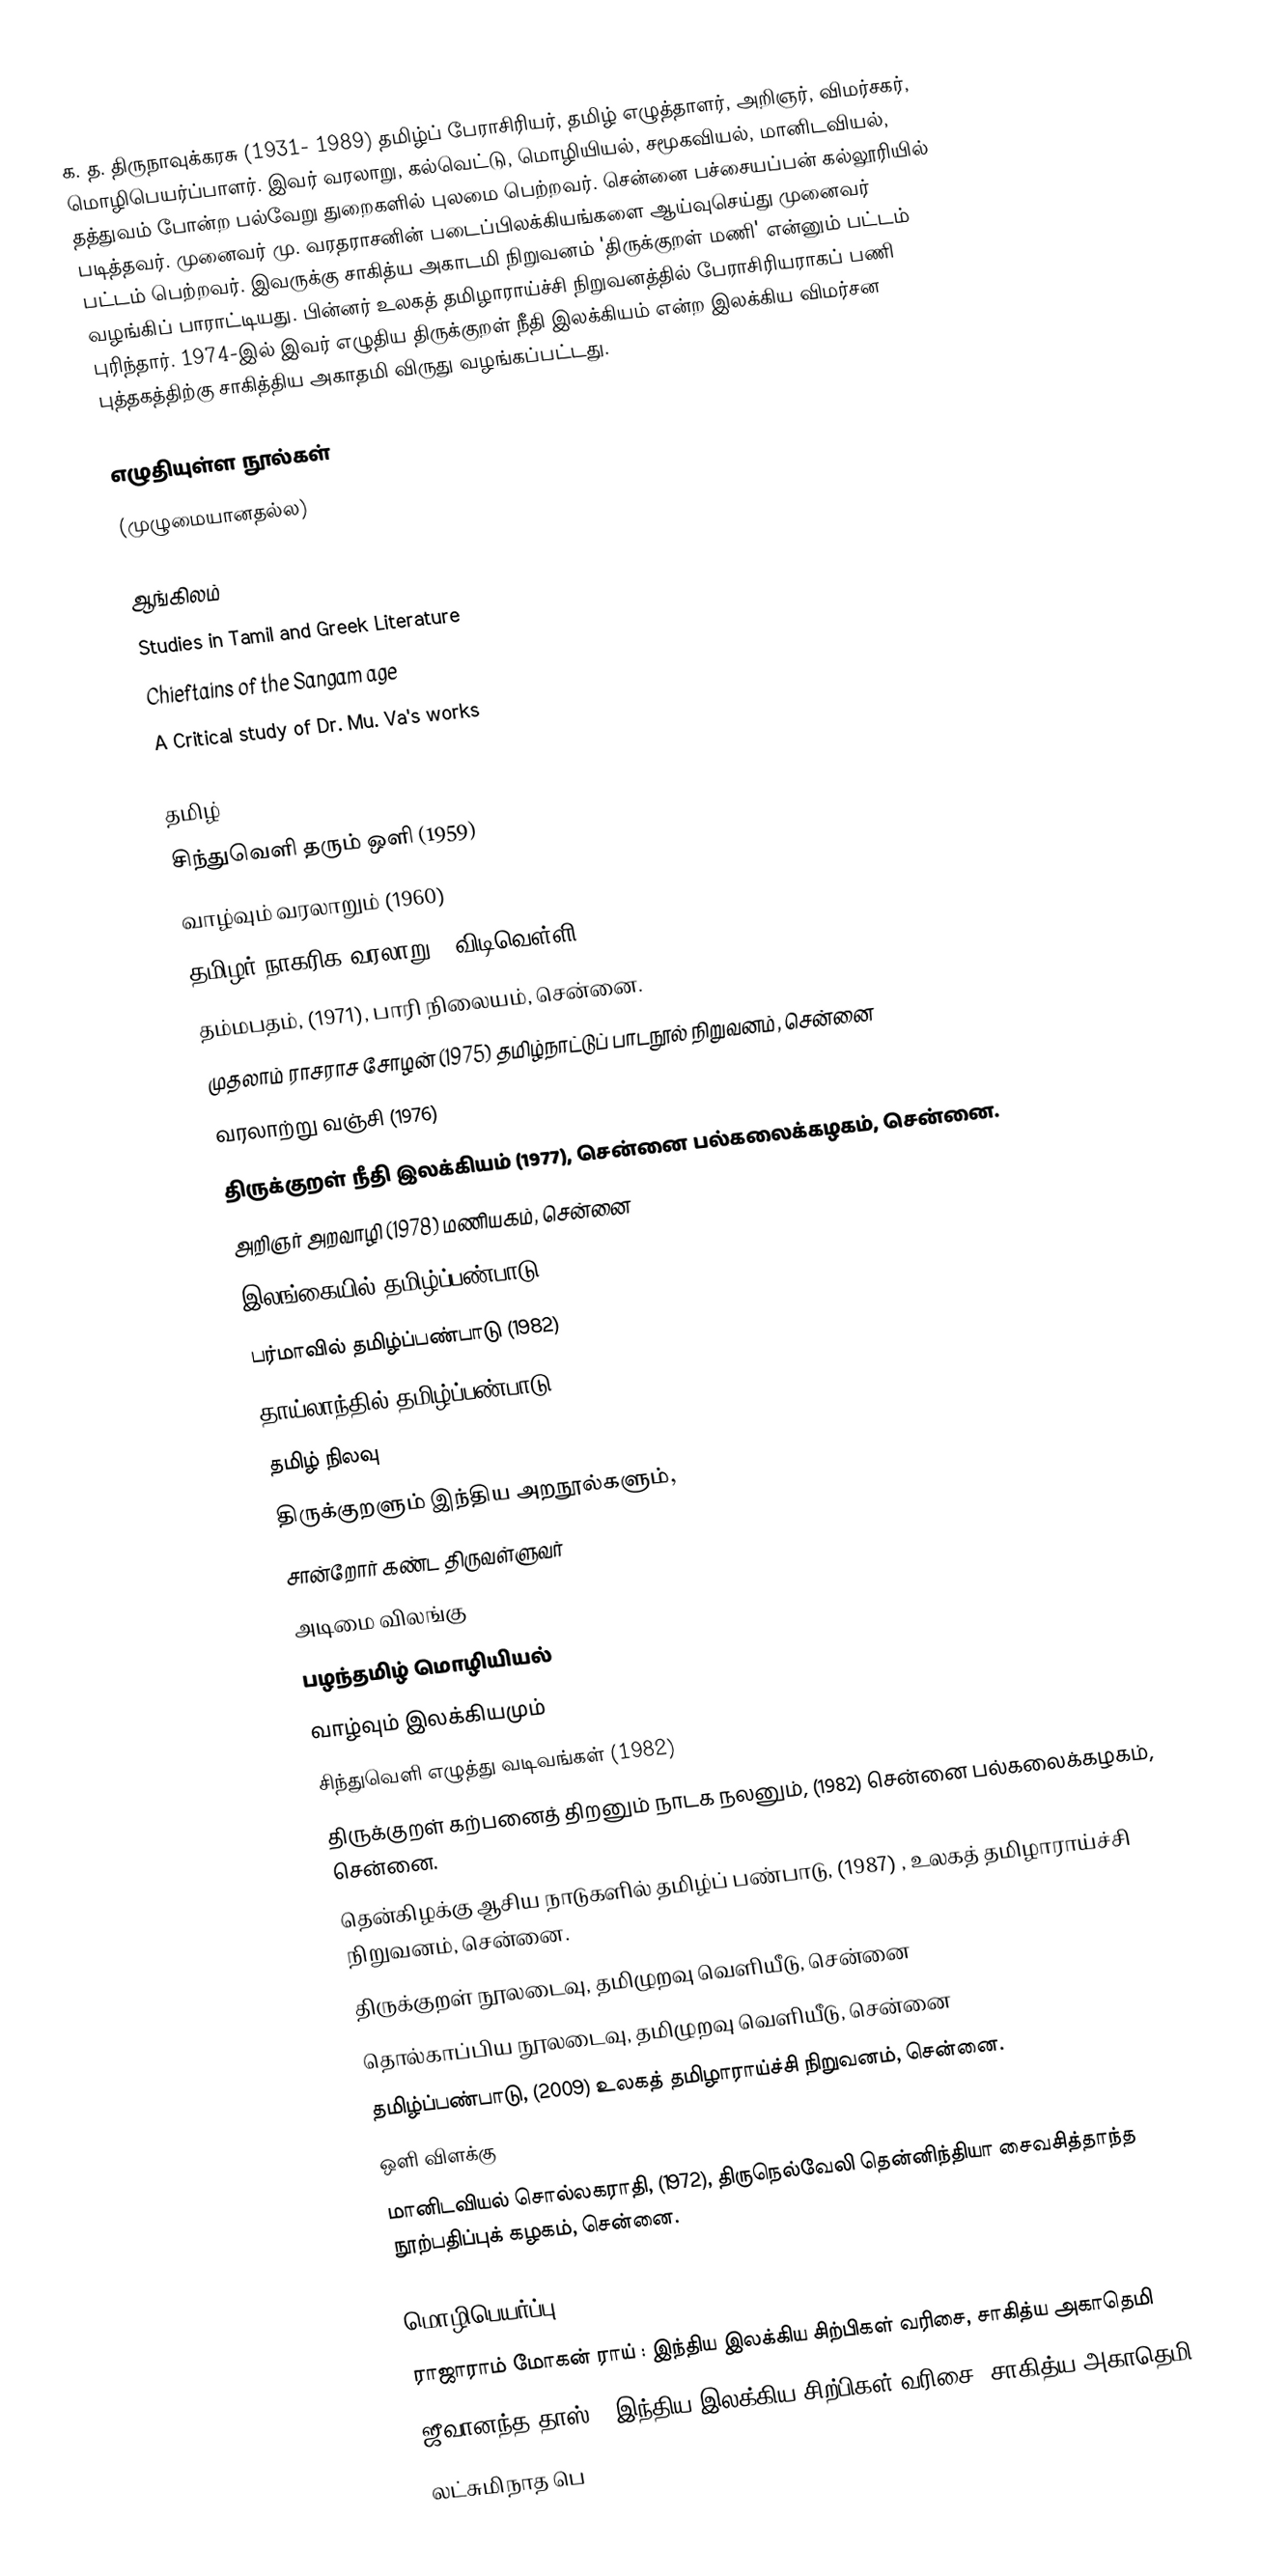
க. த. திருநாவுக்கரசு (1931- 1989) தமிழ்ப் பேராசிரியர், தமிழ் எழுத்தாளர், அறிஞர், விமர்சகர், மொழிபெயர்ப்பாளர். இவர் வரலாறு, கல்வெட்டு, மொழியியல், சமூகவியல், மானிடவியல், தத்துவம் போன்ற பல்வேறு துறைகளில் புலமை பெற்றவர். சென்னை பச்சையப்பன் கல்லூரியில் படித்தவர். முனைவர் மு. வரதராசனின் படைப்பிலக்கியங்களை ஆய்வுசெய்து முனைவர் பட்டம் பெற்றவர். இவருக்கு சாகித்ய அகாடமி நிறுவனம் 'திருக்குறள் மணி' என்னும் பட்டம் வழங்கிப் பாராட்டியது. பின்னர் உலகத் தமிழாராய்ச்சி நிறுவனத்தில் பேராசிரியராகப் பணி புரிந்தார். 1974-இல் இவர் எழுதிய திருக்குறள் நீதி இலக்கியம் என்ற இலக்கிய விமர்சன புத்தகத்திற்கு சாகித்திய அகாதமி விருது வழங்கப்பட்டது.

எழுதியுள்ள நூல்கள்
(முழுமையானதல்ல)

ஆங்கிலம்
 Studies in Tamil and Greek Literature
 Chieftains of the Sangam age
 A Critical study of Dr. Mu. Va's works

தமிழ்
 சிந்துவெளி தரும் ஒளி (1959)
 வாழ்வும் வரலாறும் (1960)
 தமிழர் நாகரிக வரலாறு - விடிவெள்ளி (1962)
 தம்மபதம், (1971), பாரி நிலையம், சென்னை.
 முதலாம் ராசராச சோழன் (1975) தமிழ்நாட்டுப் பாடநூல் நிறுவனம், சென்னை
 வரலாற்று வஞ்சி (1976)
 திருக்குறள் நீதி இலக்கியம் (1977), சென்னை பல்கலைக்கழகம், சென்னை.
 அறிஞர் அறவாழி (1978) மணியகம், சென்னை
 இலங்கையில் தமிழ்ப்பண்பாடு (1979)
 பர்மாவில் தமிழ்ப்பண்பாடு (1982)
 தாய்லாந்தில் தமிழ்ப்பண்பாடு (1982)
 தமிழ் நிலவு
 திருக்குறளும் இந்திய அறநூல்களும்,
 சான்றோர் கண்ட திருவள்ளுவர்
 அடிமை விலங்கு
 பழந்தமிழ் மொழியியல்
 வாழ்வும் இலக்கியமும்
 சிந்துவெளி எழுத்து வடிவங்கள் (1982)
 திருக்குறள் கற்பனைத் திறனும் நாடக நலனும், (1982) சென்னை பல்கலைக்கழகம், சென்னை.
 தென்கிழக்கு ஆசிய நாடுகளில் தமிழ்ப் பண்பாடு, (1987) , உலகத் தமிழாராய்ச்சி நிறுவனம், சென்னை.
 திருக்குறள் நூலடைவு, தமிழுறவு வெளியீடு, சென்னை
 தொல்காப்பிய நூலடைவு, தமிழுறவு வெளியீடு, சென்னை
 தமிழ்ப்பண்பாடு, (2009) உலகத் தமிழாராய்ச்சி நிறுவனம், சென்னை.
 ஒளி விளக்கு
 மானிடவியல் சொல்லகராதி, (1972), திருநெல்வேலி தென்னிந்தியா சைவசித்தாந்த நூற்பதிப்புக் கழகம், சென்னை.

மொழிபெயர்ப்பு
 ராஜாராம் மோகன் ராய் : இந்திய இலக்கிய சிற்பிகள் வரிசை, சாகித்ய அகாதெமி
 ஜீவானந்த தாஸ் : இந்திய இலக்கிய சிற்பிகள் வரிசை, சாகித்ய அகாதெமி
 லட்சுமிநாத பெ